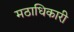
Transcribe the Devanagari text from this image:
मठाधिकारी